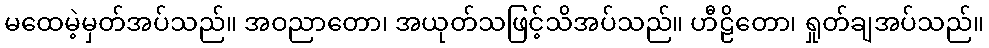
မထေမဲ့မှတ်အပ်သည်။ အဝညာတော၊ အယုတ်သဖြင့်သိအပ်သည်။ ဟီဠိတော၊ ရှုတ်ချအပ်သည်။